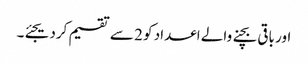
اور باقی بچنے والے اعداد کو 2 سے تقسیم کردیجئے۔